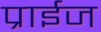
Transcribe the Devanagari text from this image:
प्राईज